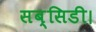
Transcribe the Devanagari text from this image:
सब्सिडी।